Riigikantselei, lk 10
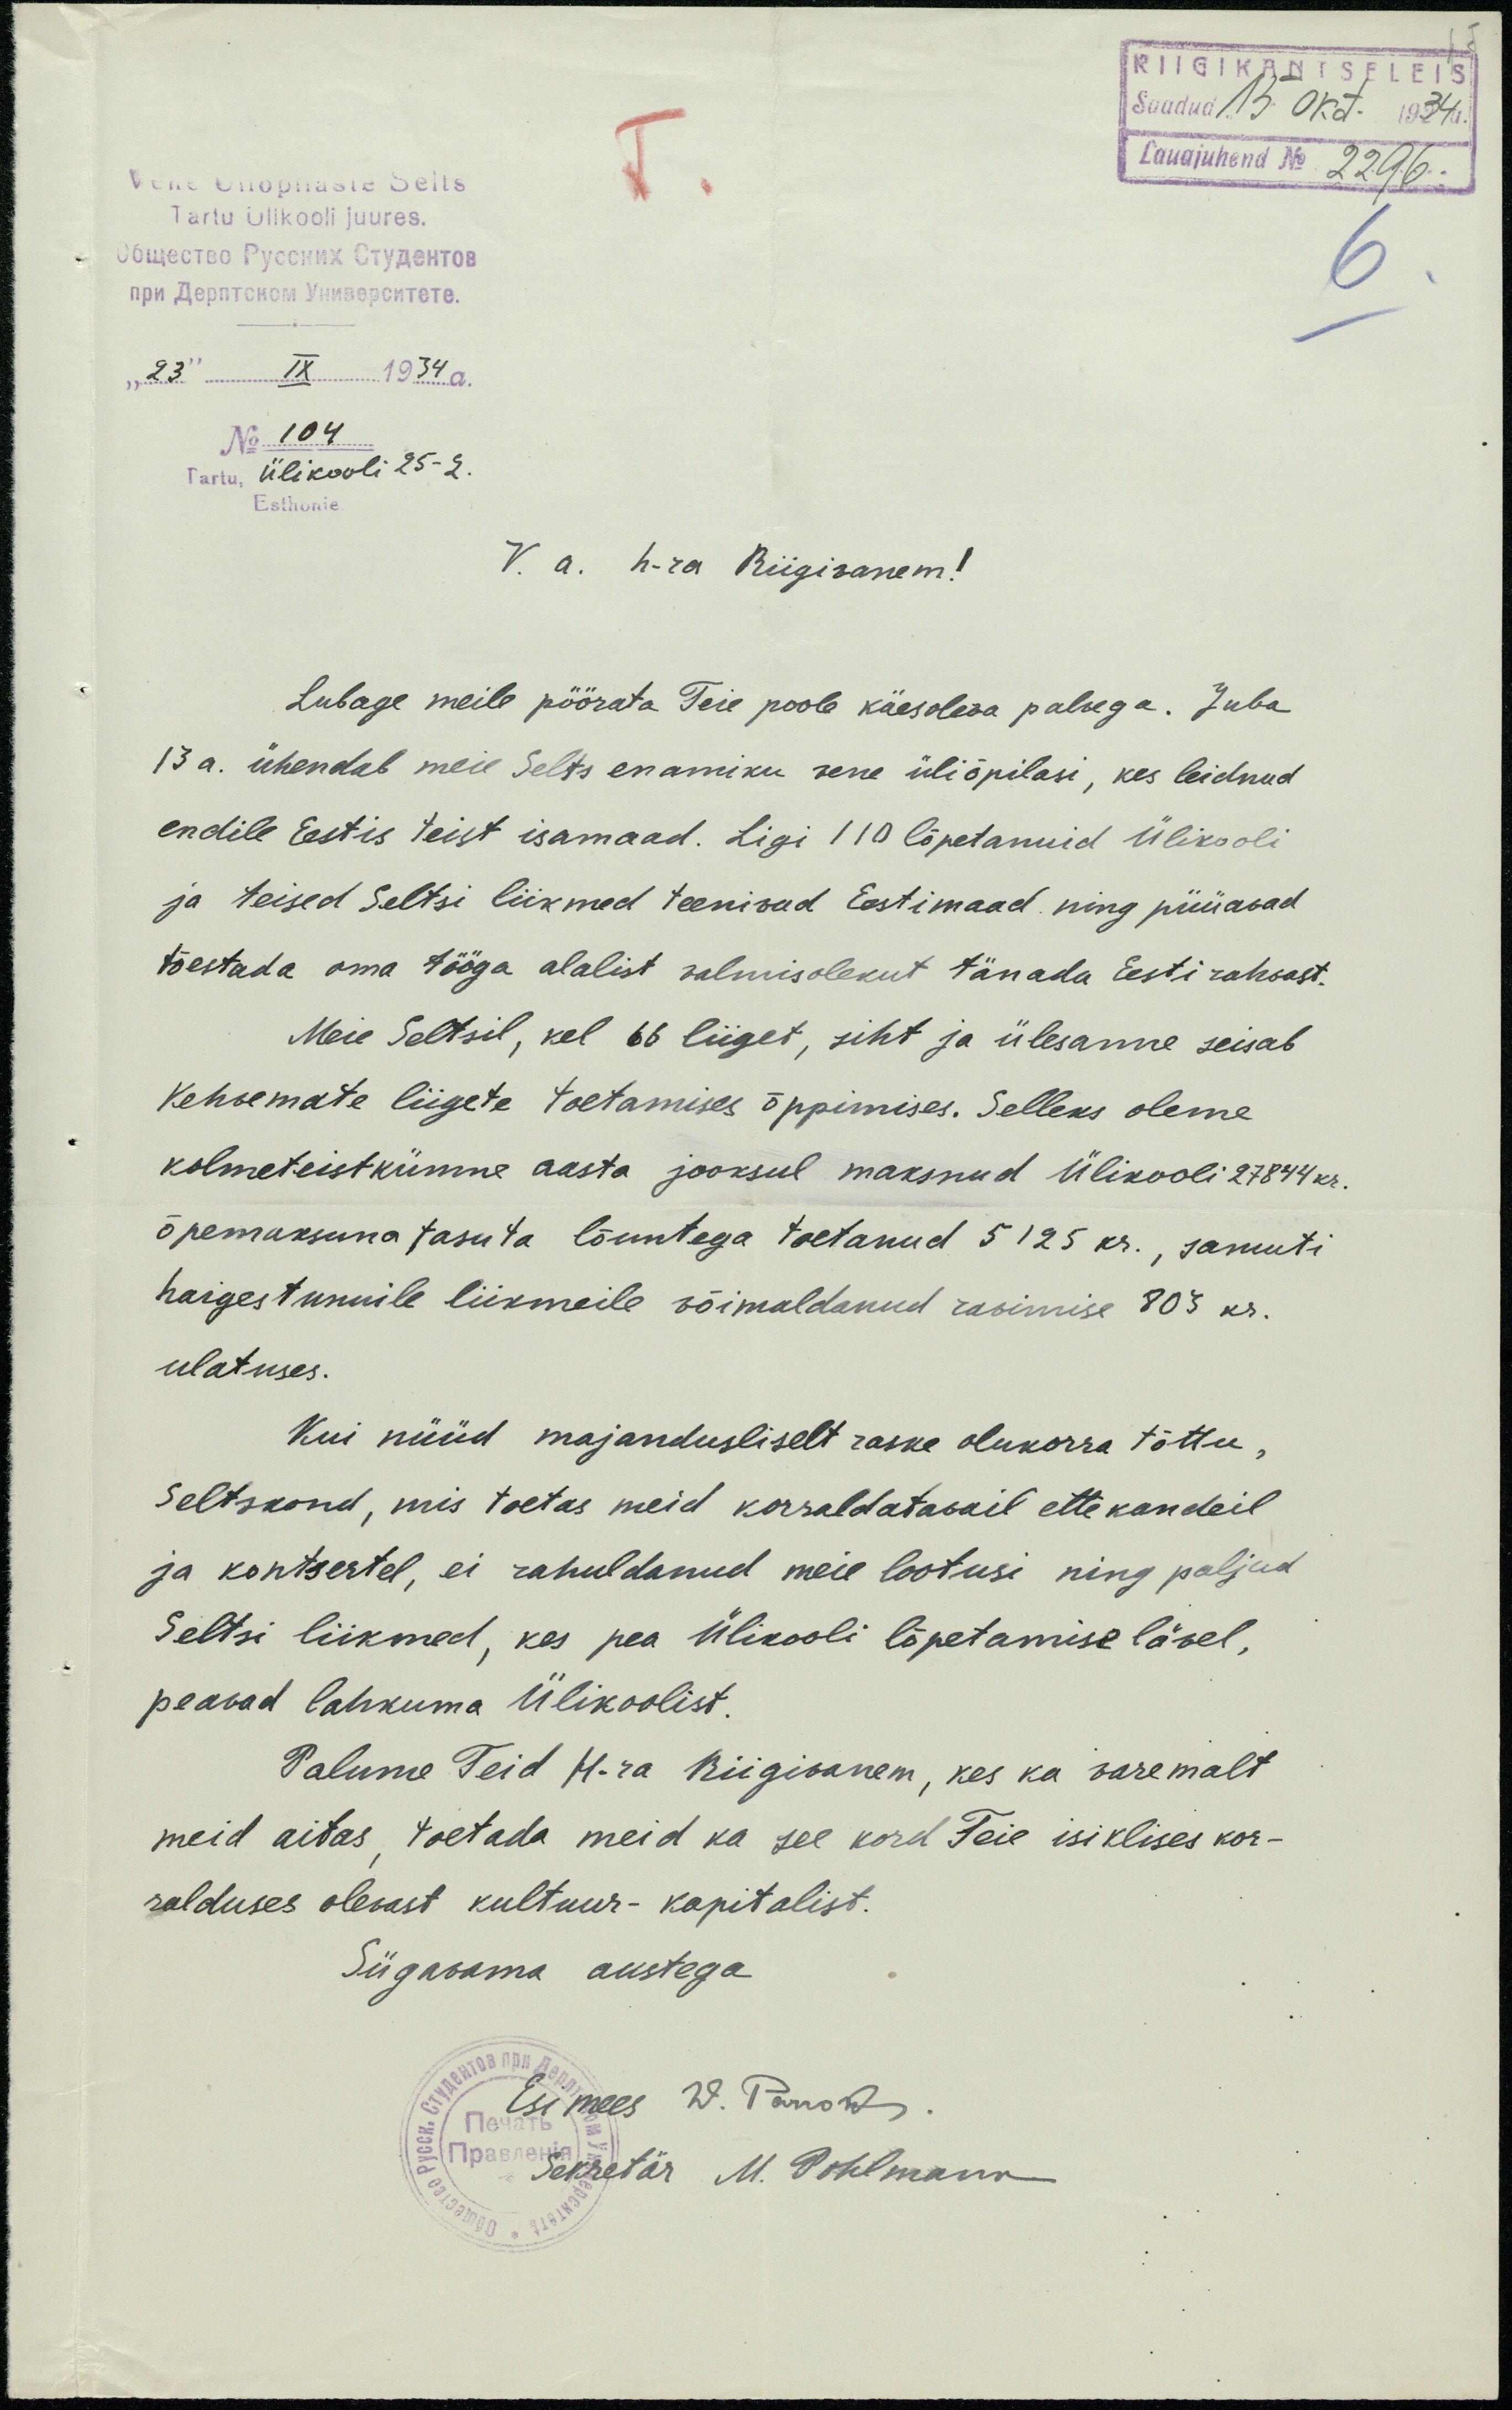
RIIGIKANTSELEIS
Saadud 15 okt. 1934a.
Lauajuhend No. 2296.
Vene Üliõpilaste Selts
Tartu Ülikooli juures.
No 104
Tartu, Ülikooli 25-2
Esthonie
V. a. h-ra Riigivanem!
Lubage meile pöörata Teie poole käesoleva palvega. Juba
13a. ühendab meie Selts enamiku vene üliõpilasi, kes leidnud
endile Eestis teist isamaad. Ligi 110 lõpetanuid Ülikooli
ja teised Seltsi liikmed teenivad Eestimaad ning püüavad
tõestada oma tööga alalist valmisolekut tänada Eesti rahvast.
Meie Seltsil, kel 66 liiget, siht ja ülesanne seisab
Kehvemate liigete toetamises õppimises. Selleks oleme
kolmeteistkümne aasta jooksul maksnud Ülikooli 27844 kr.
õpemaksuna tasuta lõuntega toetanud 5 125 kr., samuti
haigestunuile liikmeile võimaldanud ravimise 803 kr.
ulatuses.
Kui nüüd majandusliselt raske olukorra tõttu,
seltskond, mis toetas meid korraldatavail ettekandeil
ja kontsertel, ei rahuldanud meie lootusi ning paljud
seltsi liikmed, kes pea Ülikooli lõpetamise lävel,
peavad lahkuma Ülikoolist
Palume Teid H-ra Riigivanem, kes ka varemalt
meid aitas toetada meid ka see kord Teie isiklises kor-
ralduses olevast kultuur-kapitalist.
Sügavama austega
Esimees W. Parrost
Sekretär M. Pohlmann